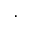
\cdot